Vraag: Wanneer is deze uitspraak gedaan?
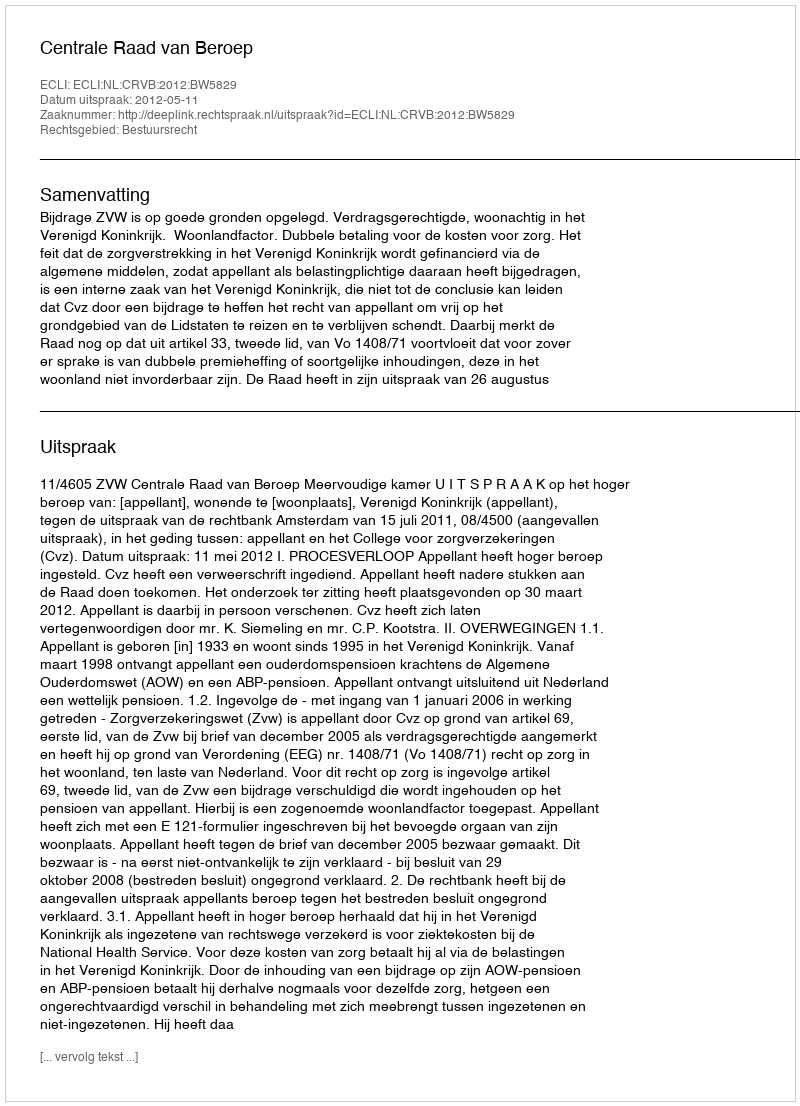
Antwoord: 2012-05-11